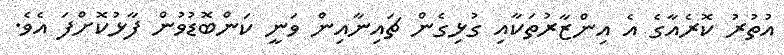
އުތުރު ކޮރެއާގެ އެ އިންޒާރުތަކާއި ގުޅިގެން ޗައިނާއިން ވަނީ ކަންބޮޑުވުން ފާޅުކޮށްފަ އެވެ.